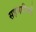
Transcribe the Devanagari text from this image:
सहभागियाँ